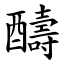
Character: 醻